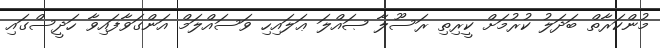
މުންކަރާތް ބަދަލު ކުރުމަށް ކީރިތި ރަސޫލާ ޞައްލަ ޢަލައިހި ވަސައްލަމް އަންގަވާފައިވާ ހަދީސްގައި